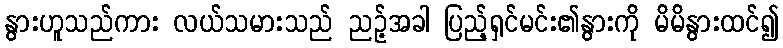
နွားဟူသည်ကား လယ်သမားသည် ညဉ့်အခါ ပြည့်ရှင်မင်း၏နွားကို မိမိနွားထင်၍